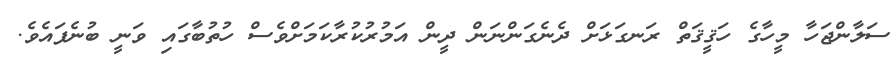
ސަލާންޖަހާ މީހާގެ ހަޤީޤަތް ރަނގަޅަށް ދެނެގަންނަން ދީން އަމުރުކުރާކަމަށްވެސް ހުތުބާގައި ވަނީ ބުނެފައެވެ.